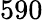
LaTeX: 590